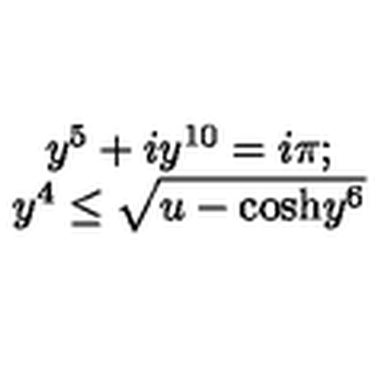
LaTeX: \begin{array} { c } { y ^ { 5 } + i y ^ { 1 0 } = i \pi ; } \\ { y ^ { 4 } \leq \sqrt { u - \mathrm { c o s h } y ^ { 6 } } } \\ \end{array}